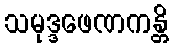
သမုဒ္ဒဖေဏကန္တိ